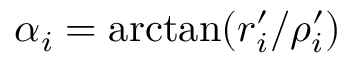
\alpha _ { i } = \arctan ( r _ { i } ^ { \prime } / \rho _ { i } ^ { \prime } )